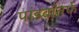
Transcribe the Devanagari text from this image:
पांडवांतर्फे